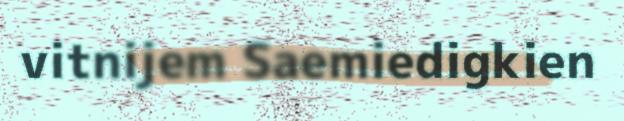
vitnijem Saemiedigkien